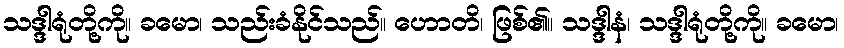
သဒ္ဒါရုံတို့ကို။ ခမော၊ သည်းခံနိုင်သည်။ ဟောတိ၊ ဖြစ်၏။ သဒ္ဒါနံ၊ သဒ္ဒါရုံတို့ကို။ ခမော၊